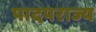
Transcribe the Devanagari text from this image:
पादपराज्य